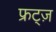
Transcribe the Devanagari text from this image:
फ्रट्ज़